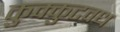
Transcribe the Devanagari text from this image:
कुक्कुटवध